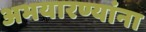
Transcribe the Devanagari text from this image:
अभयारण्यांना